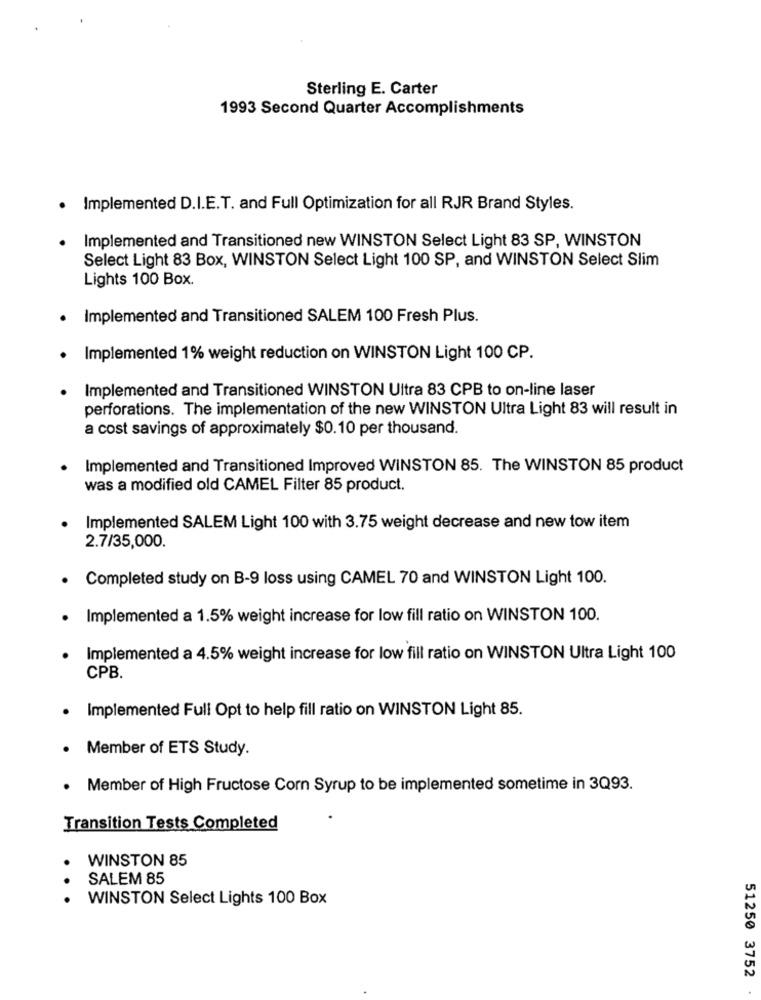
Sterling E. Carter
1993 Second Quarter Accomplishments
· Implemented D.I.E.T. and Full Optimization for all RJR Brand Styles.
Implemented and Transitioned new WINSTON Select Light 83 SP, WINSTON
Select Light 83 Box, WINSTON Select Light 100 SP, and WINSTON Select Slim
Lights 100 Box.
· Implemented and Transitioned SALEM 100 Fresh Plus.
Implemented 1% weight reduction on WINSTON Light 100 CP.
Implemented and Transitioned WINSTON Ultra 83 CPB to on-line laser
perforations. The implementation of the new WINSTON Ultra Light 83 will result in
a cost savings of approximately $0.10 per thousand.
Implemented and Transitioned Improved WINSTON 85. The WINSTON 85 product
was a modified old CAMEL Filter 85 product.
Implemented SALEM Light 100 with 3.75 weight decrease and new tow item
2.7/35,000.
Completed study on B-9 loss using CAMEL 70 and WINSTON Light 100.
Implemented a 1.5% weight increase for low fill ratio on WINSTON 100.
Implemented a 4.5% weight increase for low fill ratio on WINSTON Ultra Light 100
CPB.
Implemented Full Opt to help fill ratio on WINSTON Light 85.
Member of ETS Study.
.
Member of High Fructose Corn Syrup to be implemented sometime in 3Q93.
Transition Tests Completed
WINSTON 85
.
SALEM 85
WINSTON Select Lights 100 Box
51250 3752